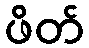
ဖိတ်